Punjab Mental Hospital Lahore 1922-31 - 1922-1931
Year: 1922
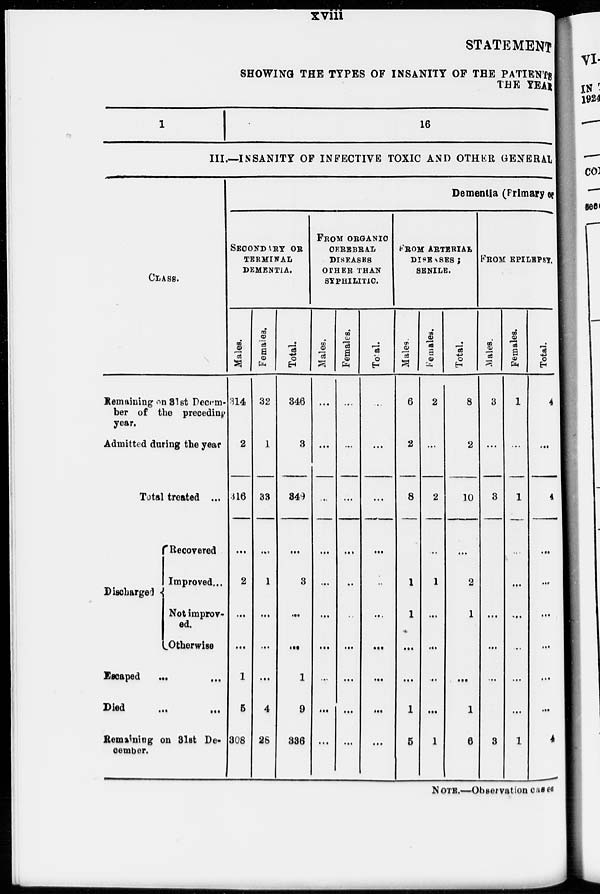
xviii
STATEMENT
SHOWING THE TYPES OF INSANITY OF THE PATIENTS
THE YEAR
1
16
III.—INSANITY OF INFECTIVE TOXIC AND OTHER GENERAL
CLASS.
Remaining on 31st Decem-
ber of the preceding
year.
Admitted daring the year
Total treated ...
Discharged
Recovered
Improved ...
Not improv-
ed.
Otherwise
Escaped ... ...
Died ... ...
Remaining on 31st De-
cember.
Dementia (Primary of
SECONDARY OR
TERMINAL
DEMENTIA.
Males.
314
2
316
...
2
...
...
1
5
308
Females.
32
1
33
...
1
...
...
...
4
28
Total.
346
3
349
...
3
...
...
1
9
336
FROM ORGANIC
CEREBRAL
DISEASES
OTHER THAN
SYPHILITIC.
Males.
...
...
...
...
...
...
....
...
...
...
Females.
...
...
...
...
...
...
...
...
...
...
Total.
...
...
...
...
...
...
...
...
...
...
FROM ARTERIAL
DISEASES ;
SENILE.
Males.
6
2
8
...
1
1
...
...
1
5
Females.
2
...
2
..
1
...
...
...
...
1
Total.
8
2
10
...
2
1
...
...
1
6
FROM EPILEPSY.
Males.
3
...
3
...
...
...
...
...
3
Females.
1
...
1
...
...
...
...
...
...
1
Total.
4
...
4
...
...
...
...
...
...
4
NOTE.—Observation cases